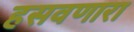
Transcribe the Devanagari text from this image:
हसवणारा